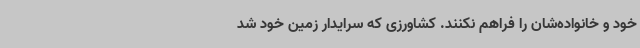
خود و خانواده‌شان را فراهم نکنند. کشاورزی که سرایدار زمین خود شد